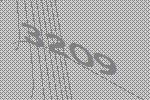
3209